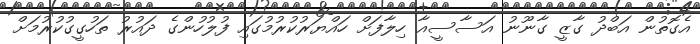
އެގޮތުން އަބްދު ގާޒީ ގާނޫނު އަސާސީއާ ހިލާފަށް ހައްޔަރުކުރުމުގައި ފުލުހުންގެ ދައުރު ތަހުގީގުކުރުމަށް